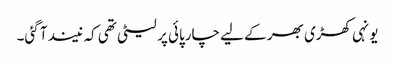
یونہی کھڑی بھر کے لیے چارپائی پر لیٹی تھی کہ نیند آ گئی۔